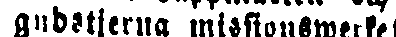
gudstjerna missionsmerke